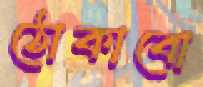
ঠোকাবো